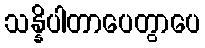
သန္နိပါတာပေတွာပေ